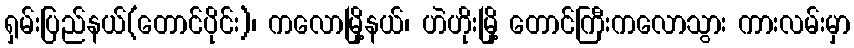
ရှမ်းပြည်နယ်(တောင်ပိုင်း)၊ ကလောမြို့နယ်၊ ဟဲဟိုးမြို့ တောင်ကြီးကလောသွား ကားလမ်းမှာ